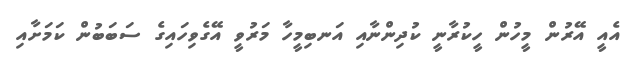
އެއީ އޭރުން މީހުން ހީކުރާނީ ކުދިންނާއި އަނބިމީހާ މަރުވީ އޭގެވިހައިގެ ސަބަބުން ކަމަށާއި